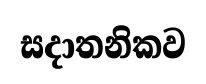
සදාතනිකව